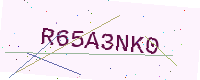
Text: R65A3NK0